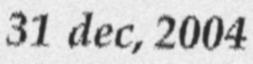
31 dec, 2004